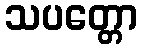
သပတ္တော